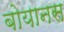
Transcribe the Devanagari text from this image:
बोयानस